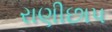
રાણીછાપ